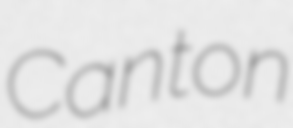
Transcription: Canton